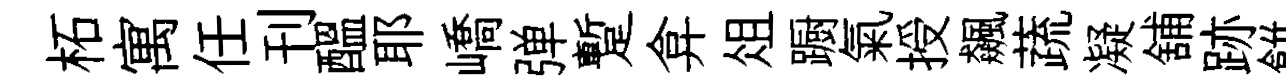
柘寓任刊醖耶嶠弹蹔弇俎蹰氣授飆蔬凝舖跡餅